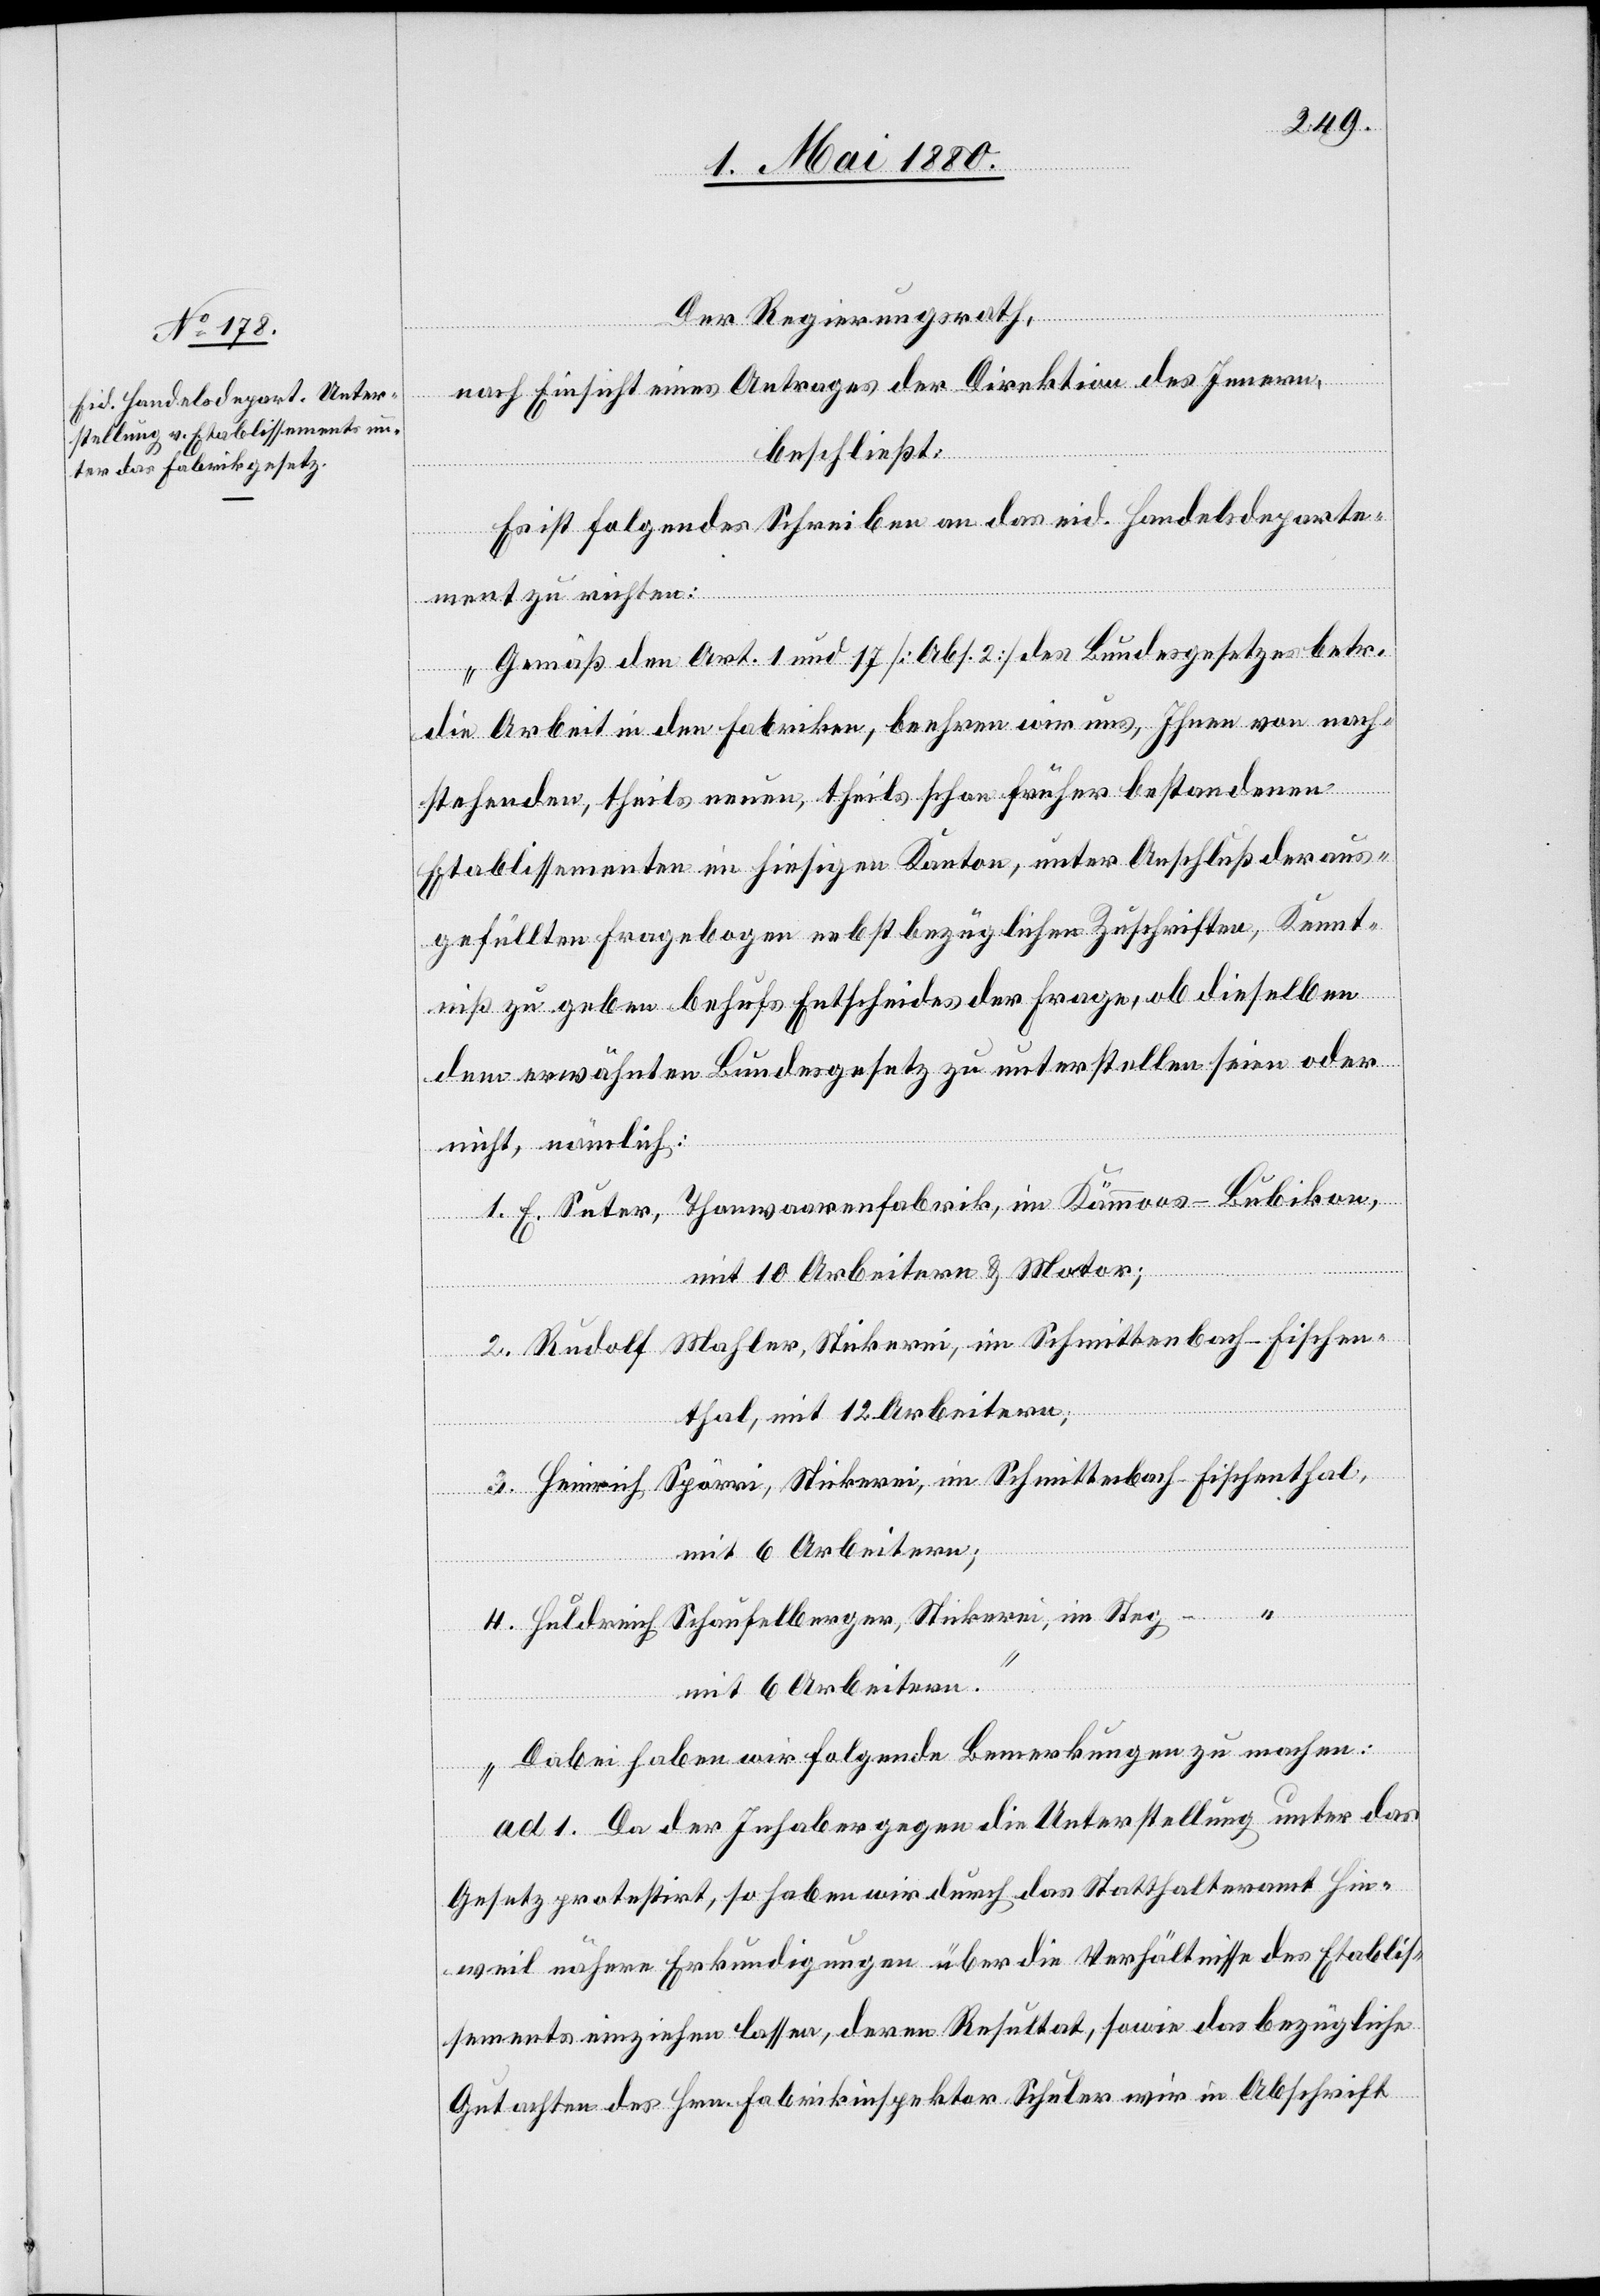
im

Der Regierungsrath,
sch¬
nach Einsicht eines Antrages der Direktion des Innern,
beschließt:
Es ist folgendes Schreiben an das eid. Handelsdeparte¬
ment zu richten:
„Gemäß den Art. 1 und 17 [Abs. 2] des Bundesgesetzes betr.
die Arbeit in den Fabriken, beehren wir uns, Ihnen von nach¬
stehenden, theils neuen, theils schon früher bestandenen
Etablissementen in hiesigem Kanton, unter Anschluß der aus¬
gefüllten Fragebogen nebst bezüglichen Zuschriften, Kennt¬
niß zu geben behufs Entscheides der Frage, ob dieselben
dem erwähnten Bundesgesetz zu unterstellen seien oder
nicht, nämlich:
mit 10 Arbeitern & Motor;
-
thal, mit 12 Arbeitern;
mit 6 Arbeitern;
mit 6 Arbeitern.
Dabei haben wir folgende Bemerkungen zu machen:
ad 1. Da der Inhaber gegen die Unterstellung unter das
Gesetz protestirt, so haben wir durch das Statthalteramt Hin¬
weil nähere Erkundigungen über die Verhältnisse des Etablis¬
sements einziehen lassen, deren Resultat, sowie das bezügliche
Gutachten des Hrn. Fabrikinspektor Schuler wir in Abschrift